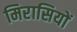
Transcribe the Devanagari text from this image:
मिरासियों